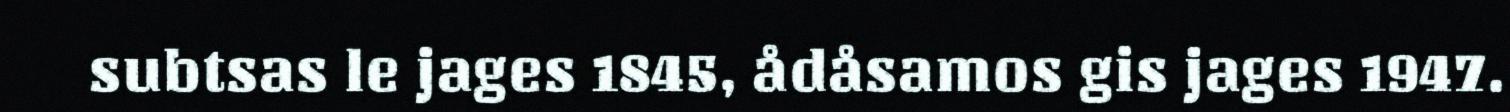
subtsas le jages 1845, ådåsamos gis jages 1947.